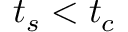
~ t _ { s } < t _ { c }